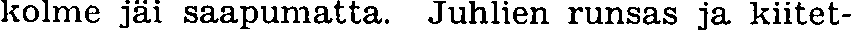
kolme jäi saapumatta. Juhlien runsas ja kiitet-